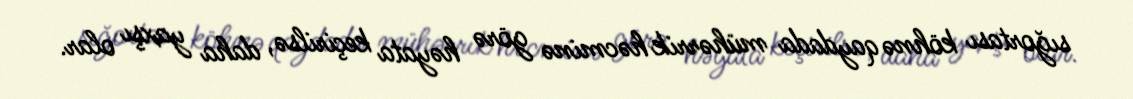
sığortası köhnə qaydada mühərrik həcminə görə həyata keçirilsə, daha yaxşı olar.